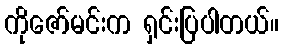
ကိုဇော်မင်းက ရှင်းပြပါတယ်။